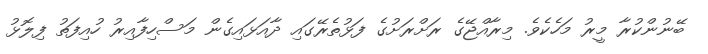
ބޭނުންކުރާ މީރު މަހެކެވެ. މިރާއްޖޭގެ ރަށްރަށުގެ ފަޅުތެރޭގައި ދާއަޅައިގެން މަސްހިފާއިރު ހުއިފަތު ފިލޮޅު